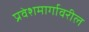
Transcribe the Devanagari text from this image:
प्रवेशमार्गावरील